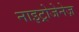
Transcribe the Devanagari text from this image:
नाइट्रोजेनेज़